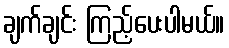
ချက်ချင်း ကြည့်ပေးပါမယ်။